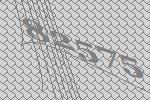
82575